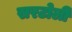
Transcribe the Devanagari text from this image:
सरटोली